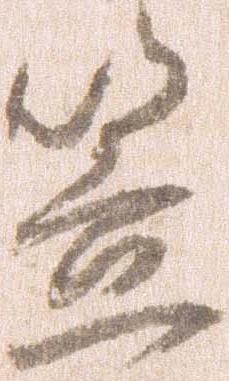
笠